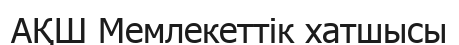
АҚШ Мемлекеттік хатшысы